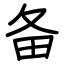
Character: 备